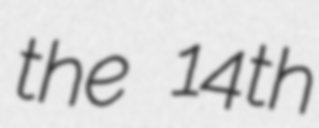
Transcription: the 14th